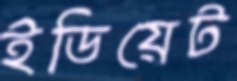
ইডিয়েট